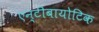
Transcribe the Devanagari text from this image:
एन्टीबायोटिक